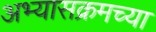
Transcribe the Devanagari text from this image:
अभ्यासक्रमच्या